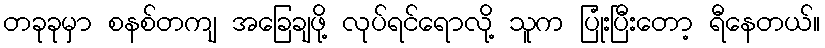
တခုခုမှာ စနစ်တကျ အခြေချဖို့ လုပ်ရင်ရောလို့ သူက ပြုံးပြီးတော့ ရီနေတယ်။